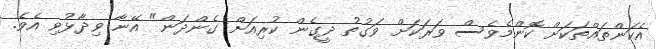
އެކަންތައްތަކަށް ކޮންމެވެސް ވަރަކަށް ވަގުތު ދީގެން ކުރިއަށް ގެންދަން" އޭނާ ވިދާޅުވި އެވެ.